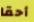
أحقا